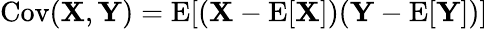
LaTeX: \operatorname{Cov}(\mathbf{X},\mathbf{Y})=\mathrm{E}[(\mathbf{X}-\mathrm{E}[\mathbf{X}])(\mathbf{Y}-\mathrm{E}[\mathbf{Y}])]